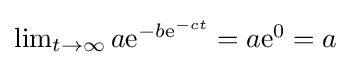
{\textstyle \lim _{t\to \infty }a\mathrm {e} ^{-b\mathrm {e} ^{-ct}}=a\mathrm {e} ^{0}=a}